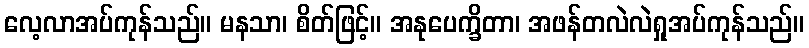
လေ့လာအပ်ကုန်သည်။ မနသာ၊ စိတ်ဖြင့်။ အနုပေက္ခိတာ၊ အဖန်တလဲလဲရှုအပ်ကုန်သည်။